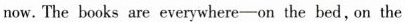
now. The books are everywhere-on the bed,on the